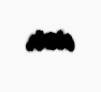
var.